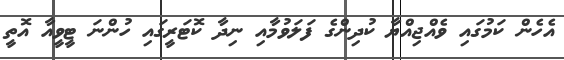
އެހެން ކަމުގައި ވެއްޖިއްޔާ ކުދިންގެ ފަލަވުމާއި ނިދާ ކޮޓަރީގައި ހުންނަ ޓީވީއާ އޮތީ